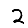
Digit: 2